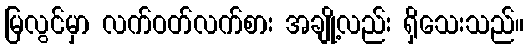
မြလွင်မှာ လက်ဝတ်လက်စား အချို့လည်း ရှိသေးသည်။